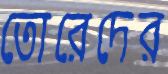
তোরেদের